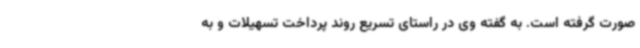
صورت گرفته است. به گفته وی در راستای تسریع روند پرداخت تسهیلات و به